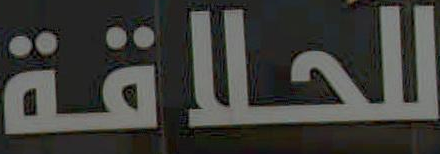
للحلاقة